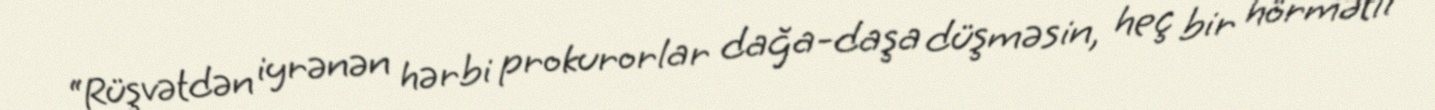
“Rüşvətdən iyrənən hərbi prokurorlar dağa-daşa düşməsin, heç bir hörmətli